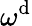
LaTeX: \omega^{\mathrm{d}}